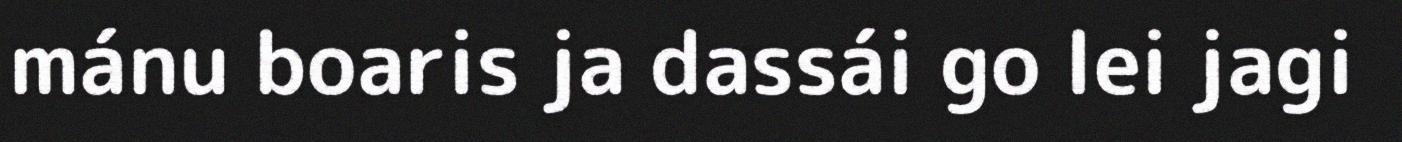
mánu boaris ja dassái go lei jagi